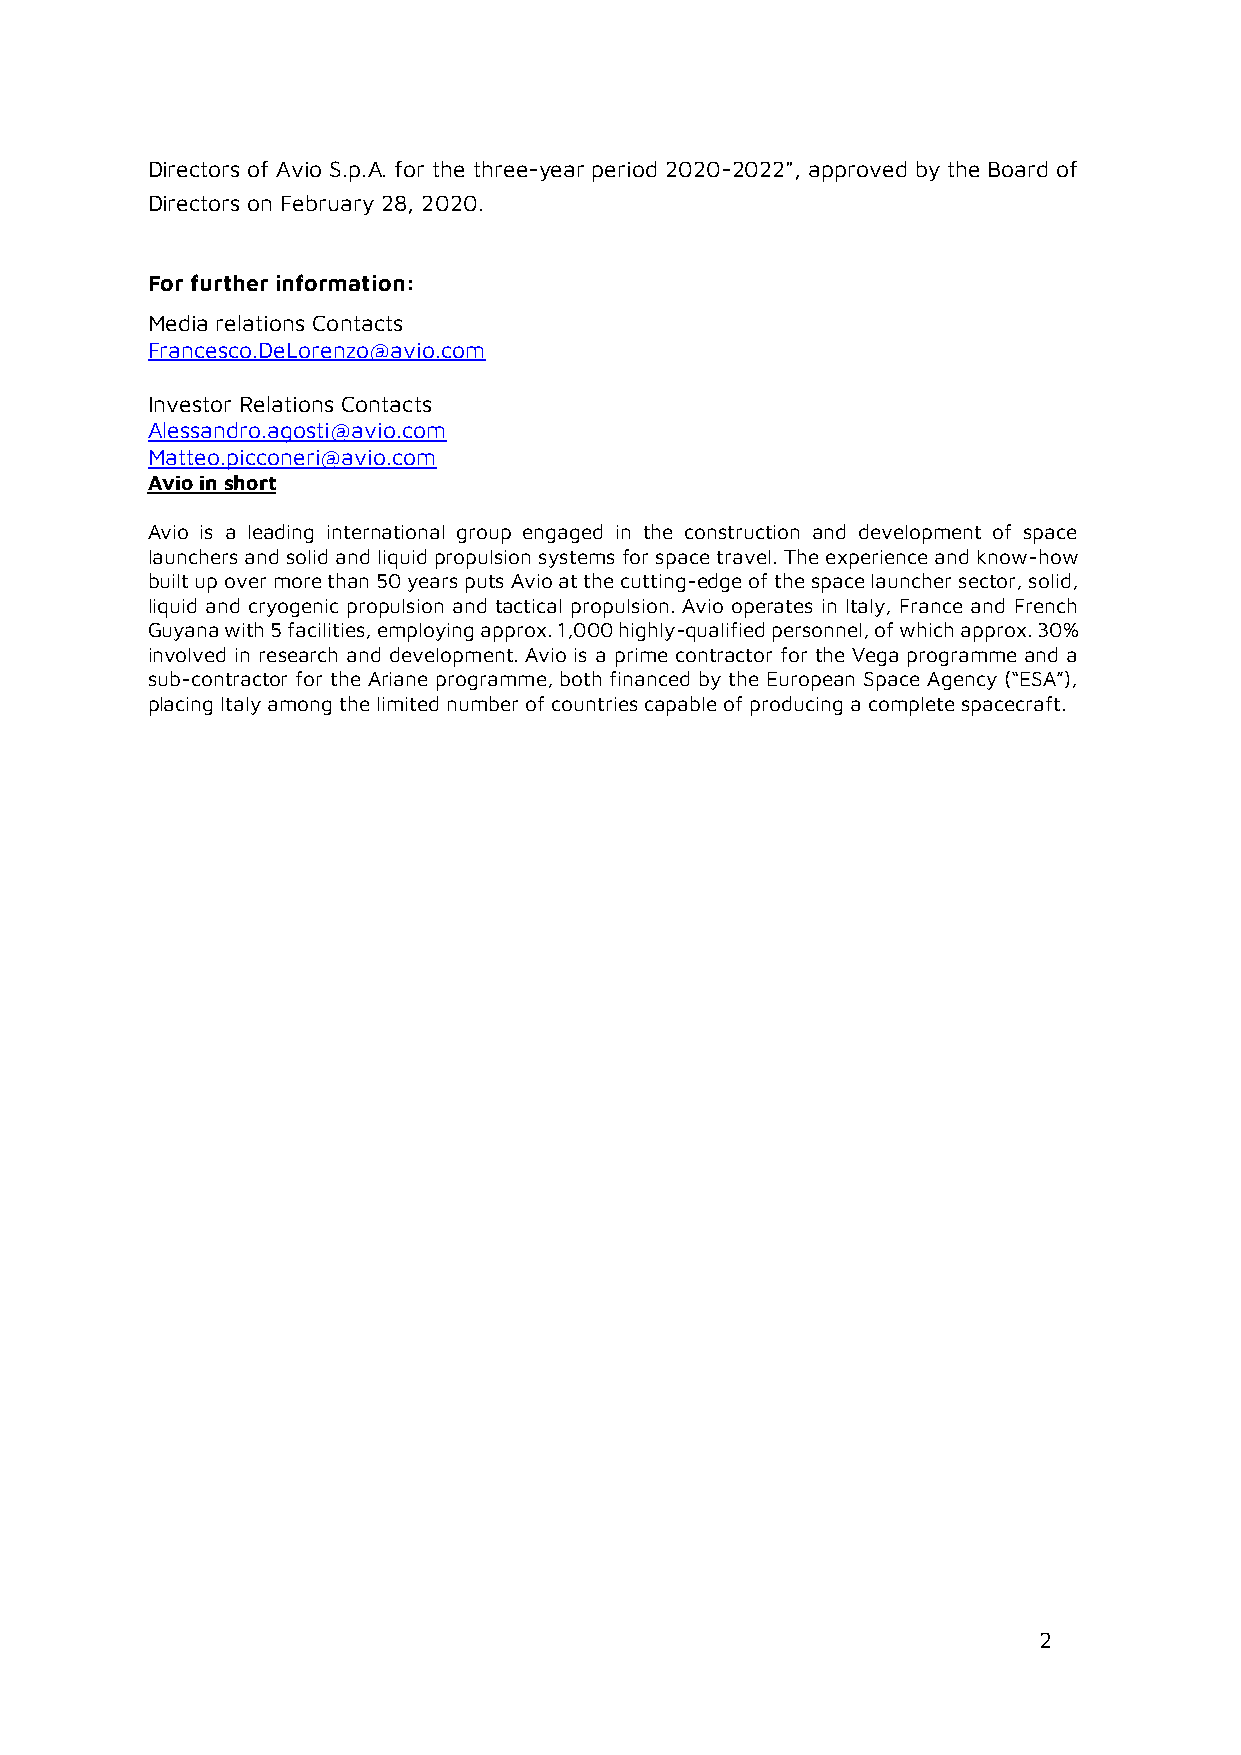
Directors of Avio S.p.A. for the three-year period 2020-2022", approved by the Board of
 Directors on February 28, 2020.
 For further information:
 Media relations Contacts
 Francesco.DeLorenzo@avio.com
 Investor Relations Contacts
 Alessandro.agosti@avio.com
 Matteo.picconeri@avio.com
 Avio in short
 Avio is a leading international group engaged in the construction and development of space
 launchers and solid and liquid propulsion systems for space travel. The experience and know-how
 built up over more than 50 years puts Avio at the cutting-edge of the space launcher sector, solid,
 liquid and cryogenic propulsion and tactical propulsion. Avio operates in Italy, France and French
 Guyana with 5 facilities, employing approx. 1,000 highly-qualified personnel, of which approx. 30%
 involved in research and development. Avio is a prime contractor for the Vega programme and a
 sub-contractor for the Ariane programme, both financed by the European Space Agency (“ESA”),
 placing Italy among the limited number of countries capable of producing a complete spacecraft.
 2